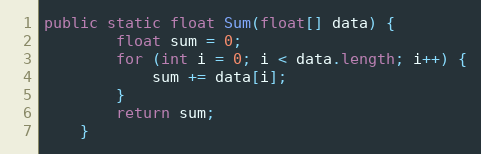
Language: Java
public static float Sum(float[] data) {
        float sum = 0;
        for (int i = 0; i < data.length; i++) {
            sum += data[i];
        }
        return sum;
    }